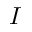
I